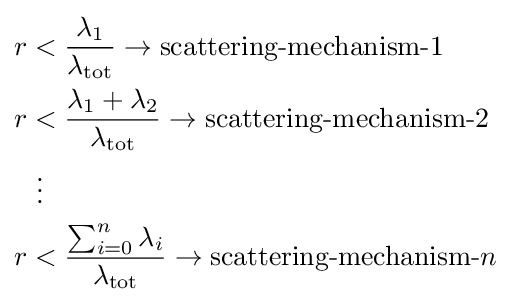
{\begin{aligned}r&<{\frac {\lambda _{1}}{\lambda _{\mathrm {tot} }}}\rightarrow {\text{scattering-mechanism-}}1\\r&<{\frac {\lambda _{1}+\lambda _{2}}{\lambda _{\mathrm {tot} }}}\rightarrow {\text{scattering-mechanism-}}2\\&{}\ \vdots \\r&<{\frac {\sum _{i=0}^{n}\lambda _{i}}{\lambda _{\mathrm {tot} }}}\rightarrow {\text{scattering-mechanism-}}n\end{aligned}}